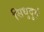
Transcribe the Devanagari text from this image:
सिधुदुर्ग